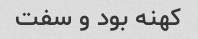
کهنه بود و سفت